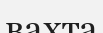
вахта